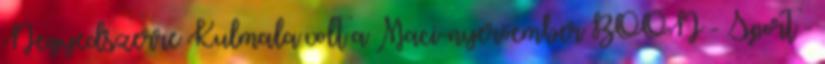
Negyedszerre Kulmala volt a Maci-nyerőember BOON - Sport -